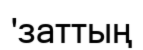
'заттың